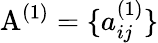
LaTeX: \mathrm{A}^{(1)}=\{ a_{ij}^{(1)}\}